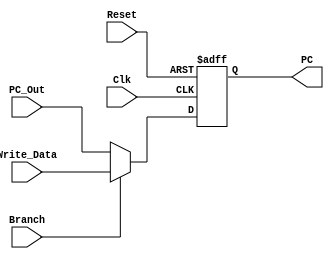
`timescale 1ns / 1ps
//////////////////////////////////////////////////////////////////////////////////
// Company: 
// Engineer: 
// 
// Design Name: 
// Module Name:    PC_Select 
// Project Name: 
// Target Devices: 
// Tool versions: 
// Description: 
//
// Dependencies: 
//
// Revision: 
// Revision 0.01 - File Created
// Additional Comments: 
//
//////////////////////////////////////////////////////////////////////////////////
module PC_Select(
    input [7:0] PC_Out,
    input [7:0] Write_Data,
    input Branch,
	 input Clk,
	 input Reset,
    output reg [7:0] PC
    );
	 
	 always@(negedge Clk, negedge Reset)
	 begin
	 if(Reset == 0)
	 PC <= 0;
	 else
		 begin
			if(Branch == 1'b0)
				PC <= PC_Out;
			else
				PC <= Write_Data;
		 end
	 end

endmodule